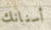
أسنانك